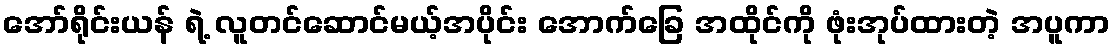
အော်ရိုင်းယန် ရဲ့ လူတင်ဆောင်မယ့်အပိုင်း အောက်ခြေ အထိုင်ကို ဖုံးအုပ်ထားတဲ့ အပူကာ